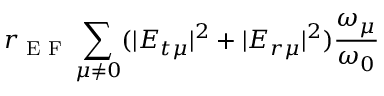
r _ { \textrm { E F } } \sum _ { \mu \neq 0 } ( | E _ { t \mu } | ^ { 2 } + | E _ { r \mu } | ^ { 2 } ) \frac { \omega _ { \mu } } { \omega _ { 0 } }